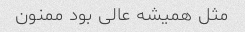
مثل همیشه عالی بود ممنون